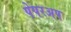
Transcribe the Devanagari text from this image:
पेपरअप